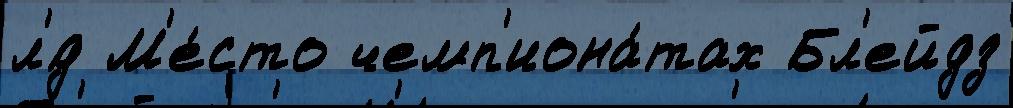
л'́д М'е́сто чемп'иона́тах Бл'ейдз